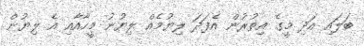
ބަލައި އަދި މީގެ އިތުރުން އެފަދަ ލިޔުމެއް ލިޔުނު މީހާއާއި އެ ލިޔުން